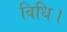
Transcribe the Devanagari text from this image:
विधि।